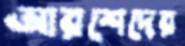
আরশেদের